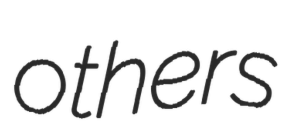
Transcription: others